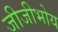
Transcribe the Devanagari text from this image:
जीजीभोय